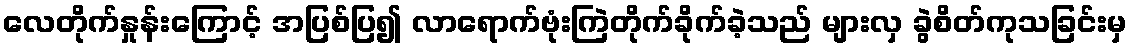
လေတိုက်နှုန်းကြောင့် အပြစ်ပြ၍ လာရောက်ဗုံးကြဲတိုက်ခိုက်ခဲ့သည် များလှ ခွဲစိတ်ကုသခြင်းမှ